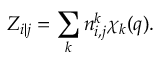
Z _ { i | j } = \sum _ { k } n _ { i , j } ^ { k } \chi _ { k } ( q ) .